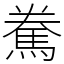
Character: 駦